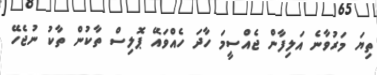
ތިޔަ މަރުވާނެ އަލިފާން ޖެއްސީމަ ހާދަ ހެއްވައޭ ޕޮލިސް ތާކުން ތާކު ނުޖެހޭ